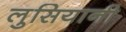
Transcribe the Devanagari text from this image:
लुसियानी